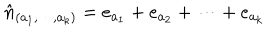
\hat { n } _ { ( a _ { 1 } , \cdots , a _ { k } ) } = e _ { a _ { 1 } } + e _ { a _ { 2 } } + \cdots + e _ { a _ { k } }